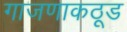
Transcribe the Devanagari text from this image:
गाजणाकठूड